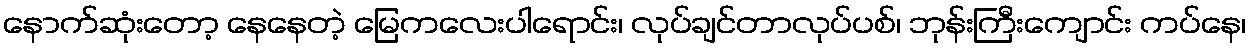
နောက်ဆုံးတော့ နေနေတဲ့ မြေကလေးပါရောင်း၊ လုပ်ချင်တာလုပ်ပစ်၊ ဘုန်းကြီးကျောင်း ကပ်နေ၊